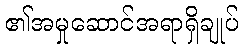
၏အမှုဆောင်အရာရှိချုပ်